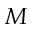
M